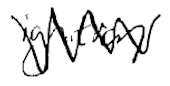
Text: ignition
Cross-out: zig-zag
Writing tool: digital_black